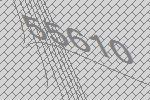
55610